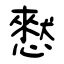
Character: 憖